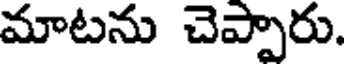
మాటను చెప్పారు.